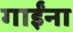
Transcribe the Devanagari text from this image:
गाईंना